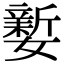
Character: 𡣎